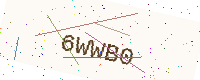
Text: 6WWB0